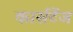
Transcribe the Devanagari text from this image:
कार्सटेंज